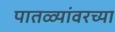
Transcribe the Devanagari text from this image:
पातळ्यांवरच्या